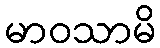
မာဝသာမိ